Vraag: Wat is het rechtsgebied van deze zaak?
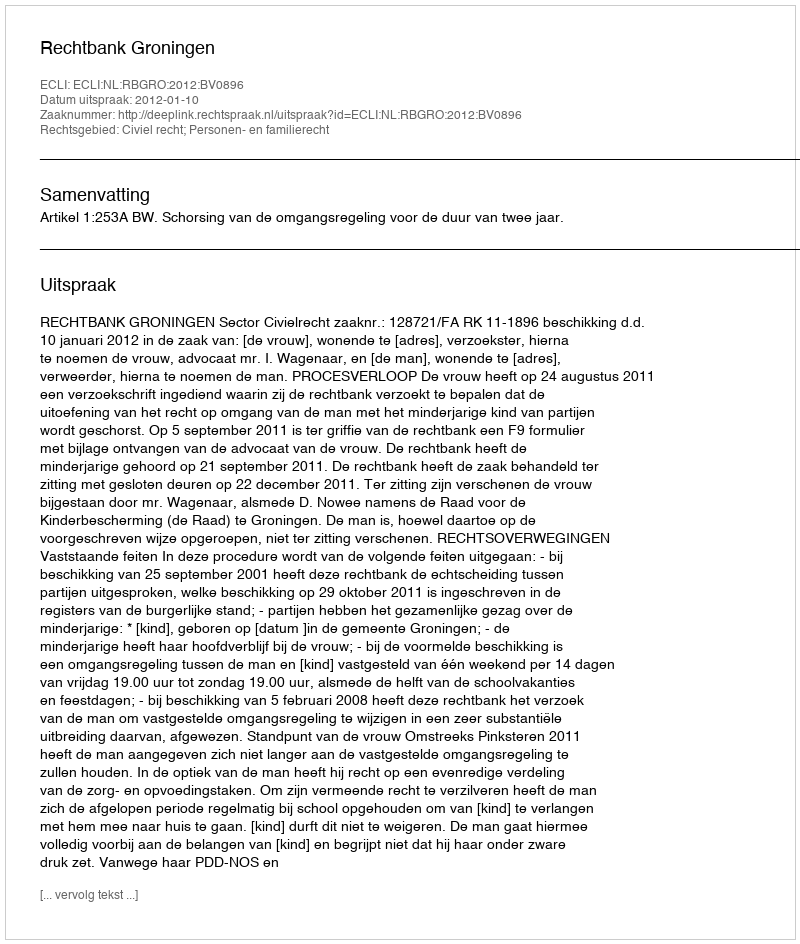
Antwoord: Civiel recht; Personen- en familierecht